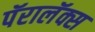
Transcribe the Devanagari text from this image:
पॅरालॅक्स